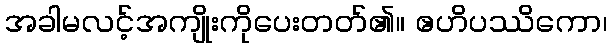
အခါမလင့်အကျိုးကိုပေးတတ်၏။ ဧဟိပဿိကော၊